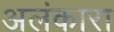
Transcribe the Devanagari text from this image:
अलंकारा